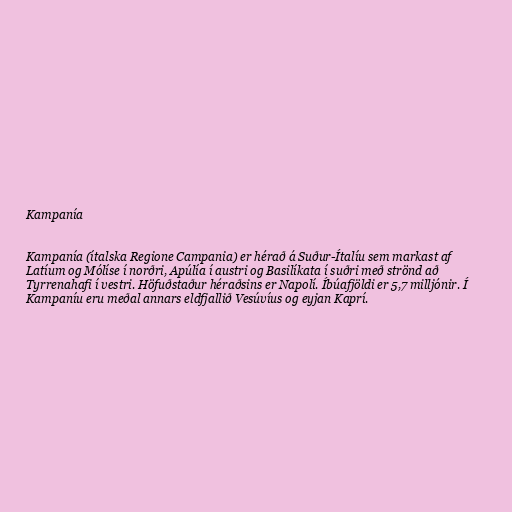
Kampanía

Kampanía (ítalska Regione Campania) er hérað á Suður-Ítalíu sem markast af
Latíum og Mólíse í norðri, Apúlía í austri og Basilíkata í suðri með strönd að
Tyrrenahafi í vestri. Höfuðstaður héraðsins er Napolí. Íbúafjöldi er 5,7 milljónir. Í
Kampaníu eru meðal annars eldfjallið Vesúvíus og eyjan Kaprí.